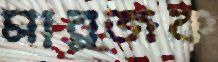
মার্জক